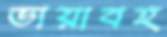
ভায়াবহ